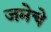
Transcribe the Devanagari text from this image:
जमेचे